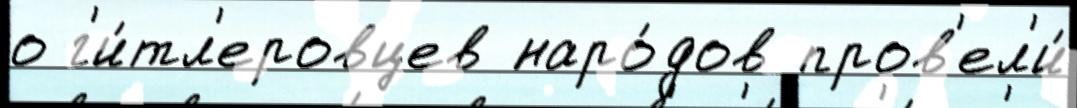
о г'и́тл'еровцев наро́дов пров'ел'и́